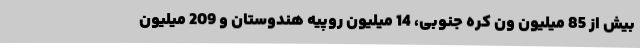
بیش از 85 میلیون ون کره جنوبی، 14 میلیون روپیه هندوستان و 209 میلیون